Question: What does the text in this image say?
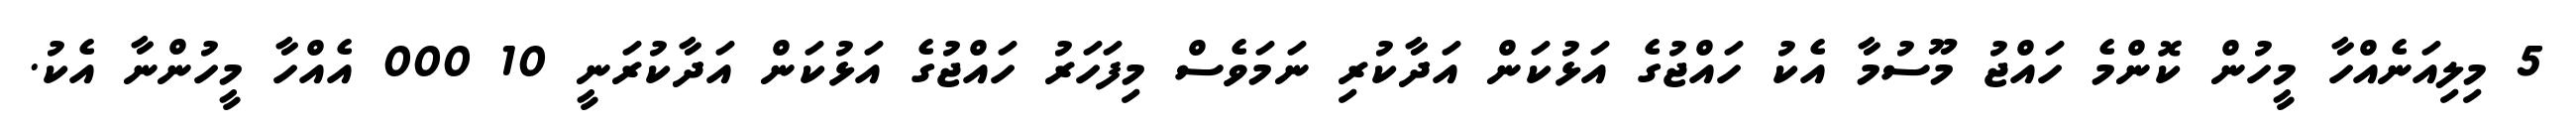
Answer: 5 މިލިއަނެއްހާ މީހުން ކޮންމެ ހައްޖު މޫސުމާ އެކު ހައްޖުގެ އަޅުކަން އަދާކުރި ނަމަވެސް މިފަހަރު ހައްޖުގެ އަޅުކަން އަދާކުރަނީ 10 000 އެއްހާ މީހުންނާ އެކު.